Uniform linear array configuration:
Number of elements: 4
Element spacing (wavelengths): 0.75
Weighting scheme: exponential
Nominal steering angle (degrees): -60
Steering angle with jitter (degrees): -61.093
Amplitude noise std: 0.05
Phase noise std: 0.05

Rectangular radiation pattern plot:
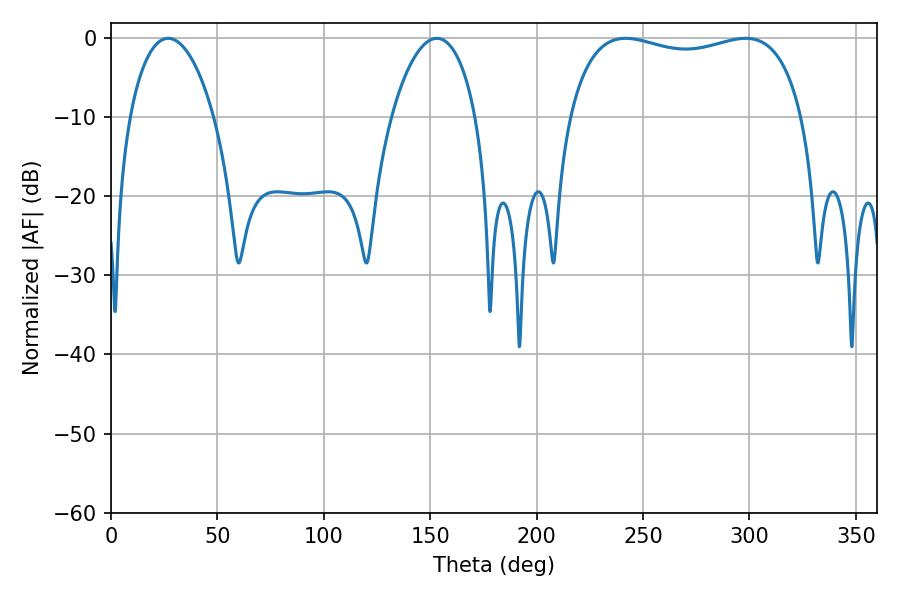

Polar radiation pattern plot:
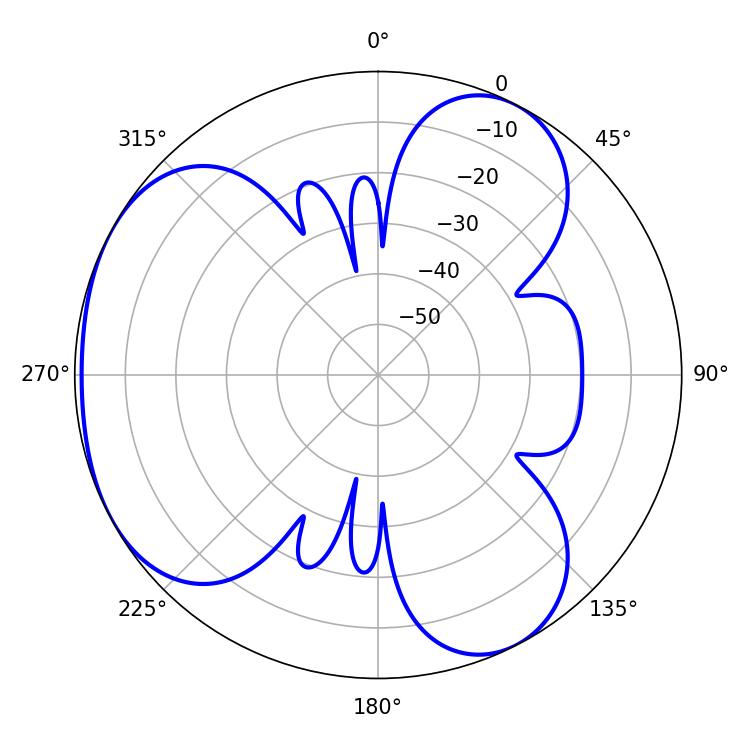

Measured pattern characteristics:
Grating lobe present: TRUE
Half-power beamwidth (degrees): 89.64
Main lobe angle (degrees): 298.26